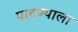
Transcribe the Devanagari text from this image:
पाटण्याला